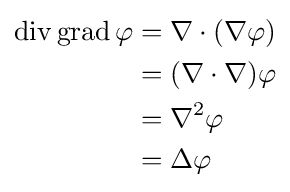
{\begin{aligned}\operatorname {div} \operatorname {grad} \varphi &=\nabla \cdot (\nabla \varphi )\\&=(\nabla \cdot \nabla )\varphi \\&=\nabla ^{2}\varphi \\&=\Delta \varphi \\\end{aligned}}